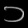
Digit: ၁